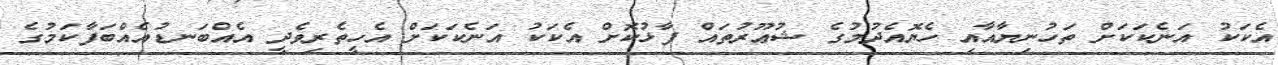
އެކަކު އަނެކަކަށް ތަހުނިޔާއާއި ހެޔޮއެދުމުގެ ޝުޢޫރުތައް ފާޅުކޮށް އެކަކު އަނެކަކަށް އެހީތެރިވެދީ އެއްބަނޑުއެއްބަފާކަމުގެ